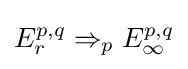
E_{r}^{p,q}\Rightarrow _{p}E_{\infty }^{p,q}